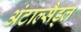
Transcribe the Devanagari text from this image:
अंटाल्सैड्ल